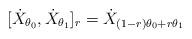
LaTeX: \begin{align*}[\dot{X}_{\theta_0},\dot{X}_{\theta_1}]_r = \dot{X}_{(1-r) \theta_0 + r \theta_1}\end{align*}